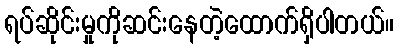
ရပ်ဆိုင်းမှုကိုဆင်းနေတဲ့ထောက်ရှိပါတယ်။